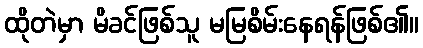
ထိုတဲမှာ မိခင်ဖြစ်သူ မမြစိမ်းနေရန်ဖြစ်၏။